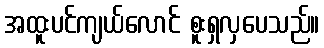
အထူးပင်ကျယ်လောင် စူးရှလှပေသည်။